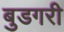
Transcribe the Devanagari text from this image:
बुडगरी